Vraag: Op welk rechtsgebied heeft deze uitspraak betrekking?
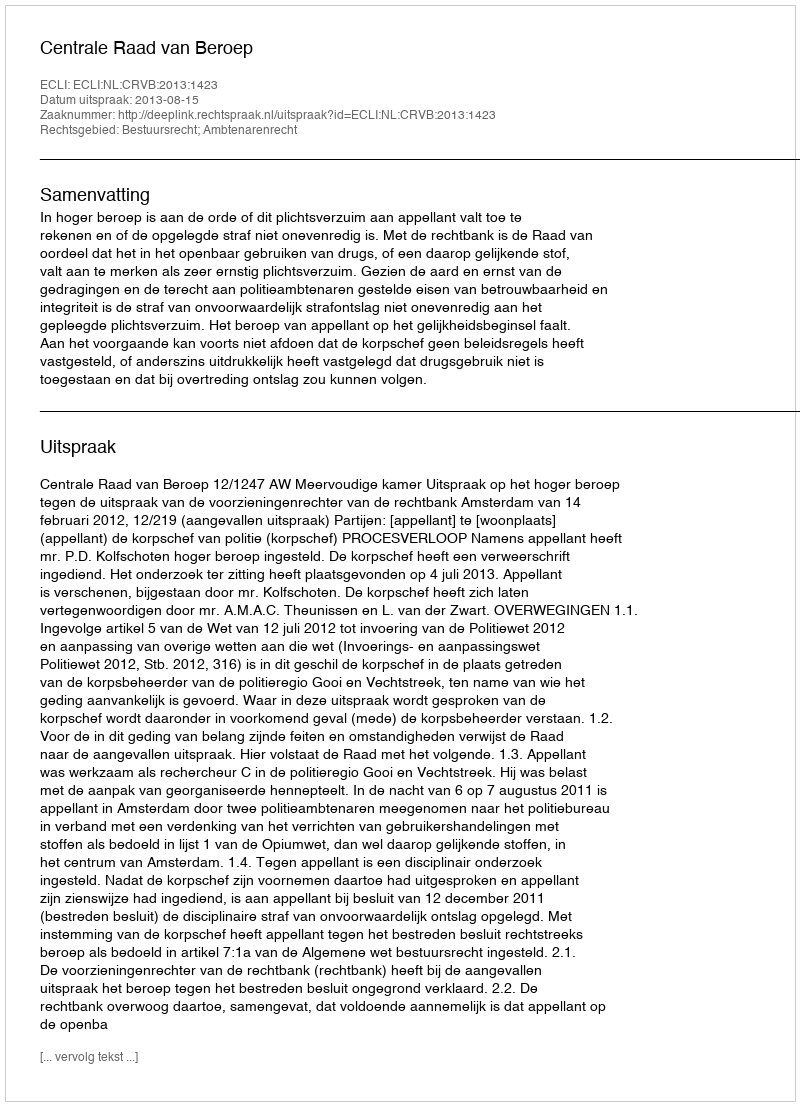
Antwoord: Bestuursrecht; Ambtenarenrecht